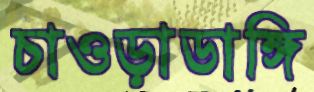
চাওড়াডাঙ্গি